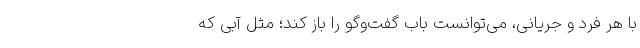
با هر فرد و جریانی، می‌توانست باب گفت‌وگو را باز کند؛ مثل آبی که